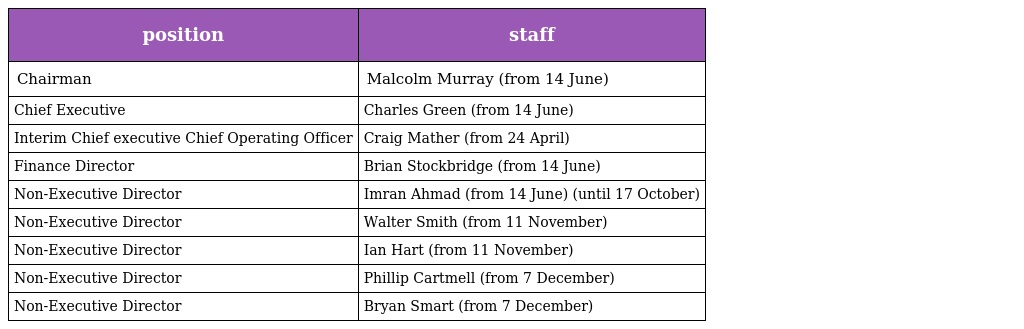
| position | staff |
 | --- | --- |
 | Chairman | Malcolm Murray (from 14 June) |
 | Chief Executive | Charles Green (from 14 June) |
 | Interim Chief executive Chief Operating Officer | Craig Mather (from 24 April) |
 | Finance Director | Brian Stockbridge (from 14 June) |
 | Non-Executive Director | Imran Ahmad (from 14 June) (until 17 October) |
 | Non-Executive Director | Walter Smith (from 11 November) |
 | Non-Executive Director | Ian Hart (from 11 November) |
 | Non-Executive Director | Phillip Cartmell (from 7 December) |
 | Non-Executive Director | Bryan Smart (from 7 December) |